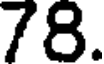
78.